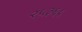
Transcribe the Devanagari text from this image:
२५३६५